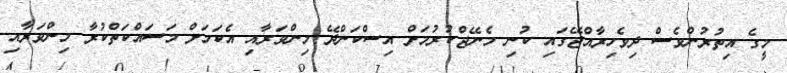
މީގެ އިތުރުންވެސް ދިވެހިރާއްޖޭގައި ކުނި މެނޭޖްކުރުމަށް އިސްކަންދޭ މިންވަރާއި އެކަމަށް މަސައްކަތްކުރާ މިންވަރާއި